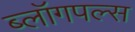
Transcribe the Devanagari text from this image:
ब्लॉगपल्स